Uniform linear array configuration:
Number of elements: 8
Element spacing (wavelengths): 0.25
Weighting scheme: exponential
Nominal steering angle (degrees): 30
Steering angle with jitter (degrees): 30.474
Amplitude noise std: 0.05
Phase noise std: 0.05

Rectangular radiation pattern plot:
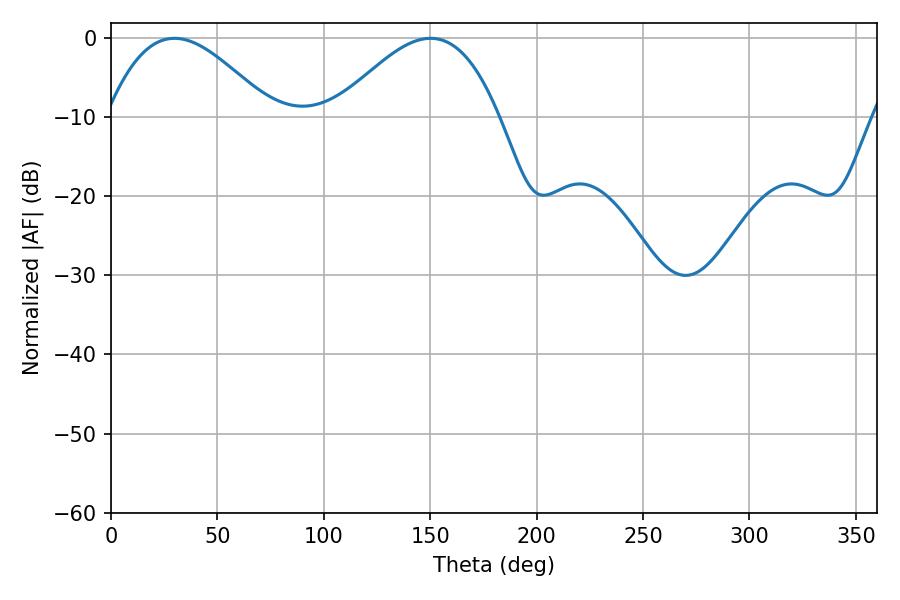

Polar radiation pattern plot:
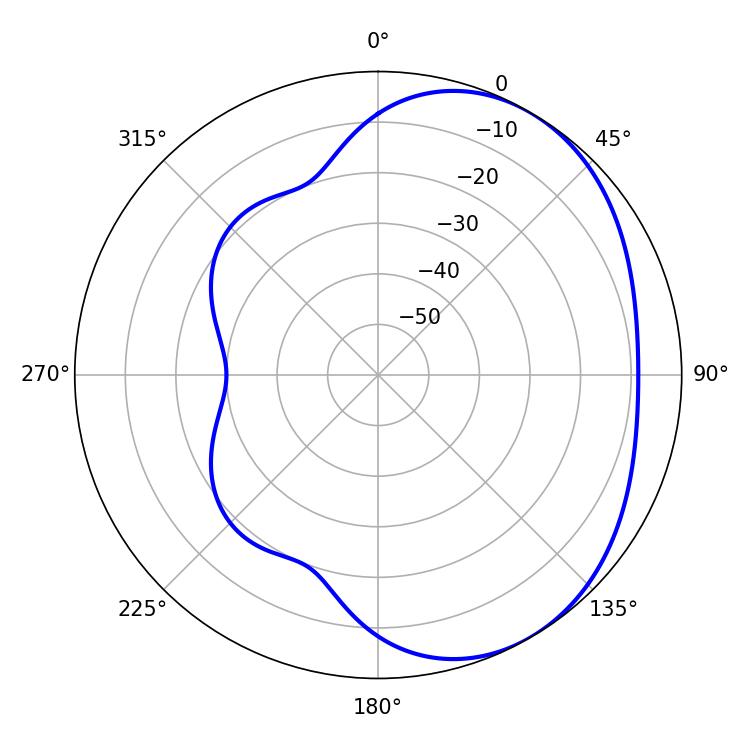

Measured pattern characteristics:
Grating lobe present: FALSE
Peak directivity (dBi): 3.516
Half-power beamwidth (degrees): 41.76
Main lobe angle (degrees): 29.88